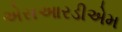
એસઆરડીએમ